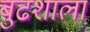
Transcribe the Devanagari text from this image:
बुढशाला